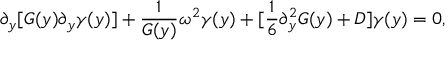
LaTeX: \partial _ { y } [ G ( y ) \partial _ { y } \gamma ( y ) ] + \frac { 1 } { G ( y ) } \omega ^ { 2 } \gamma ( y ) + [ \frac { 1 } { 6 } \partial _ { y } ^ { 2 } G ( y ) + D ] \gamma ( y ) = 0 ,